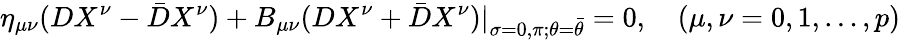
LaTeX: \eta_{\mu\nu}(DX^{\nu}-\bar{D}X^{\nu})+B_{\mu\nu}(DX^{\nu}+\bar{D}X^{\nu})|_{\sigma=0,\pi;\theta=\bar{\theta}}=0,\quad(\mu,\nu=0,1,\ldots,p)